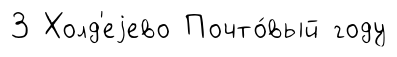
3 Холд'еjево Почто́вый году